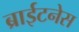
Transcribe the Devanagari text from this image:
ब्राईटनेस